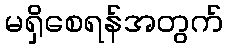
မရှိစေရန်အတွက်